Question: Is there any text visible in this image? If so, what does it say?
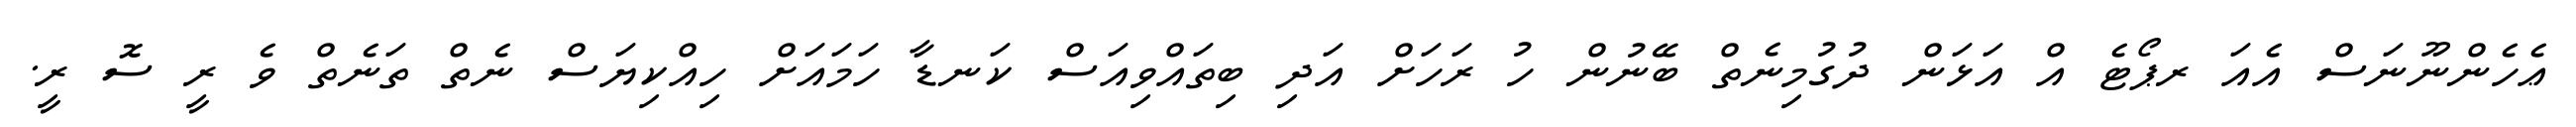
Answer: ޢެހެންނޫނަސް އެއަ ރޕޯޓެ އް އަޅަން ދުގުމިނެތް ބޭނުން ހު ރަހަށް އަދި ބިތައްވިއަސް ކަނޑާ ހަމައަށް ހިއްކިޔަސް ނެތް ތަނެތް ވެ ރީ ސޮ ރީ.